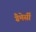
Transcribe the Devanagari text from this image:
ग्रैमेर्सी